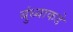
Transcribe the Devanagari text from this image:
बुंध्याकडे